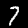
Digit: 7